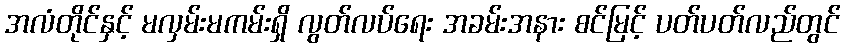
အလံတိုင်နှင့် မလှမ်းမကမ်းရှိ လွတ်လပ်ရေး အခမ်းအနား စင်မြင့် ပတ်ပတ်လည်တွင်